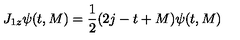
J _ { 1 z } \psi ( t , M ) = \frac { 1 } { 2 } ( 2 j - t + M ) \psi ( t , M )